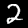
Digit: 2